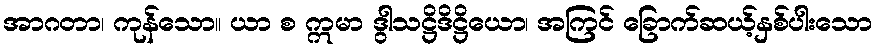
အာဂတာ၊ ကုန်သော။ ယာ စ ဣမာ ဒွါသဋ္ဌိဒိဋ္ဌိယော၊ အကြင် ခြောက်ဆယ့်နှစ်ပါးသော